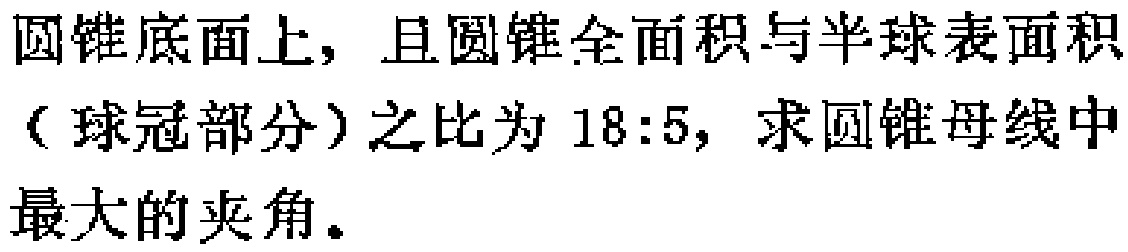
圆锥底面上，且圆锥全面积与半球表面积（球冠部分）之比为 \(18:5\)，求圆锥母线中最大的夹角。